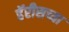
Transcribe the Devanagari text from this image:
हॅरीसच्या